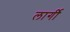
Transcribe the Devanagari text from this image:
लार्गी